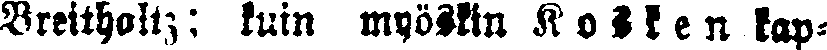
Breitholz; kuin myöskin Kosken kap-